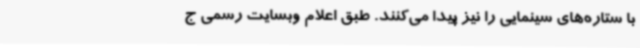
با ستاره‌های سینمایی را نیز پیدا می‌کنند. طبق اعلام وبسایت رسمی ج